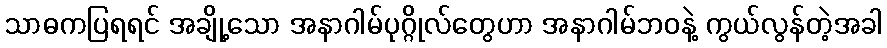
သာဓကပြရရင် အချို့သော အနာဂါမ်ပုဂ္ဂိုလ်တွေဟာ အနာဂါမ်ဘဝနဲ့ ကွယ်လွန်တဲ့အခါ